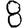
Digit: 8